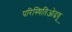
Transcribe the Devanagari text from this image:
परिस्थितिओढवू